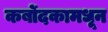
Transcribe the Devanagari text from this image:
कर्बोदकामधून